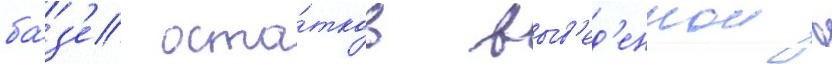
ба́з'е оста́тков выв'ед'еннои в